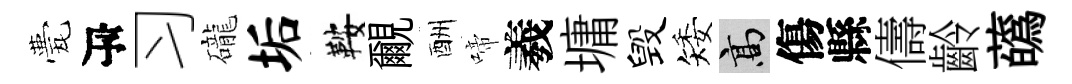
甍瓴习礲垢鞍覼酬啼羲墉毁矮高傷縣儔齡蘤